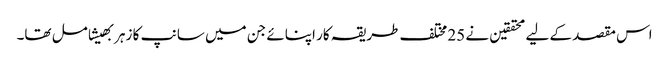
اس مقصد کے لیے محققین نے 25 مختلف طریقہ کار اپنائے جن میں سانپ کا زہر بھیشامل تھا۔